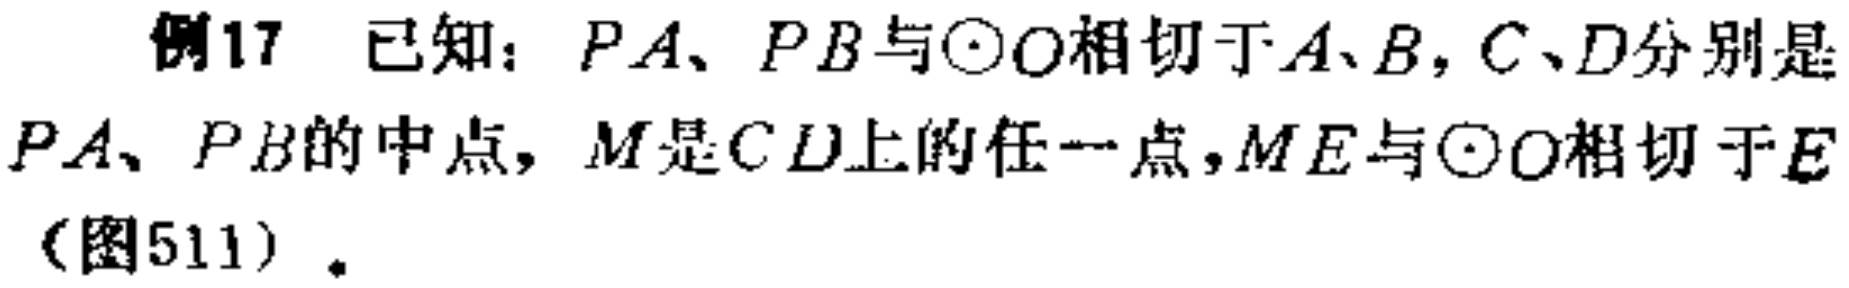
例17 已知：$PA、PB$与$\odot O$相切于$A、B$，$C、D$分别是$PA、PB$的中点，$M$是$CD$上的任一点，$ME$与$\odot O$相切于$E$（图511）.